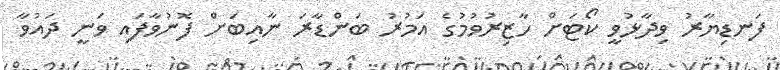
ފަނޑިޔާރު ވިދާޅުވީ ކޯޓަށް ހާޒިރުވުމުގެ އަމުރު ބަންޑާރަ ނާއިބަށް ފޮނުވާފައި ވަނީ ދައުވާ